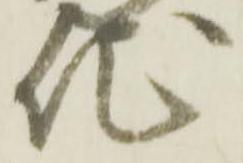
地